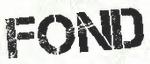
FOND